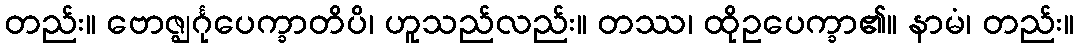
တည်း။ ဗောဇ္ဈင်္ဂုပေက္ခာတိပိ၊ ဟူသည်လည်း။ တဿ၊ ထိုဥပေက္ခာ၏။ နာမံ၊ တည်း။